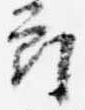
郎